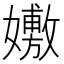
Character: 𡣷